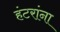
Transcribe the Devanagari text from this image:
हंटरांना